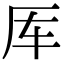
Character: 厍